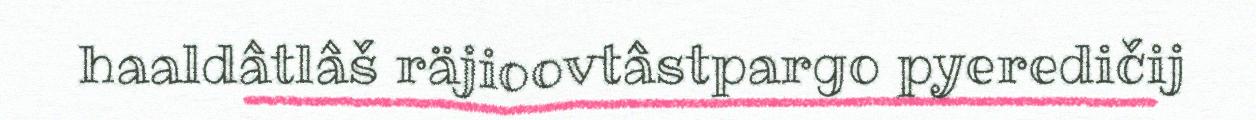
haaldâtlâš räjioovtâstpargo pyeredičij